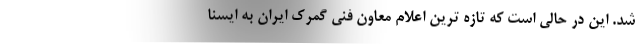
شد. این در حالی است که تازه ترین اعلام معاون فنی گمرک ایران به ایسنا